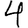
Digit: 4